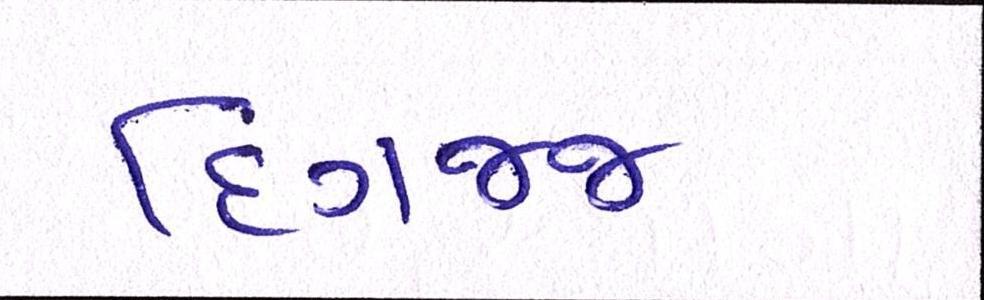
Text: દિગજ્જ